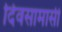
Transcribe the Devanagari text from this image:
दिवसामासी